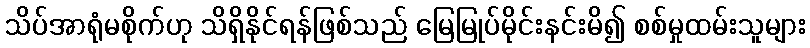
သိပ်အာရုံမစိုက်ဟု သိရှိနိုင်ရန်ဖြစ်သည် မြေမြုပ်မိုင်းနင်းမိ၍ စစ်မှုထမ်းသူများ